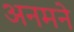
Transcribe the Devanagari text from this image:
अनमने